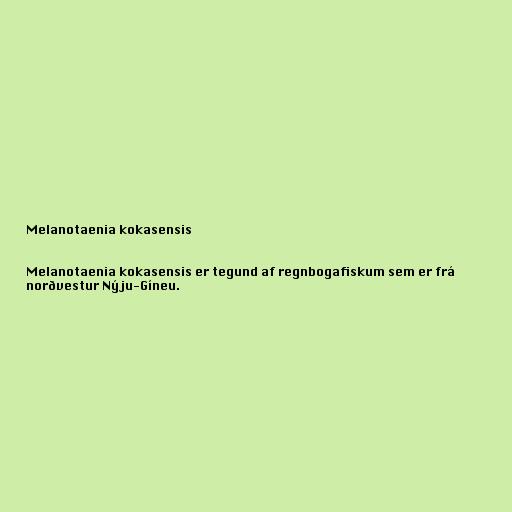
Melanotaenia kokasensis

Melanotaenia kokasensis er tegund af regnbogafiskum sem er frá
norðvestur Nýju-Gíneu.